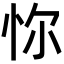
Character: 𢘝